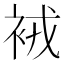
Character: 䘬